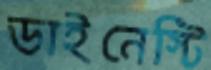
ডাইনেস্টি